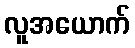
လူအယောက်